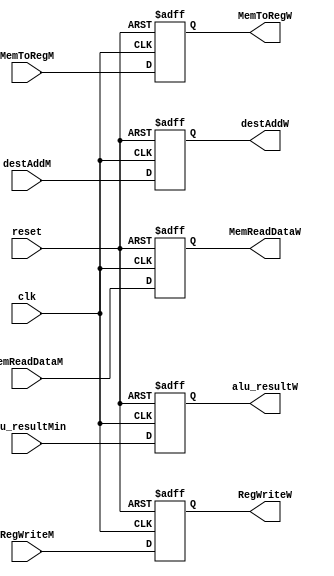
module WriteBackRegister(
    input                   clk, reset,
    input                   MemToRegM, RegWriteM,
    input       [3:0]       destAddM,
    input       [15:0]      MemReadDataM,
    input       [15:0]      alu_resultMin,
    output  reg             MemToRegW, RegWriteW,
    output  reg [3:0]       destAddW,
    output  reg [15:0]      MemReadDataW, alu_resultW
);

always@(posedge clk or negedge reset)begin
    if(~reset)begin
        MemToRegW    <= 1'b0;
        RegWriteW    <= 1'b0;
        MemReadDataW <= 16'h0000;
        alu_resultW  <= 16'h0000;
        destAddW     <= 4'b0000;
    end
    else begin
        MemToRegW    <= MemToRegM;
        RegWriteW    <= RegWriteM;
        MemReadDataW <= MemReadDataM;
        alu_resultW  <= alu_resultMin;
        destAddW     <= destAddM;
    end
end

endmodule